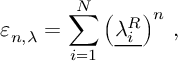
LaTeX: \varepsilon _ { n , \lambda } = \sum _ { i = 1 } ^ { N } \left( \underline { { { \lambda _ { i } ^ { R } } } } \right) ^ { n } \, ,